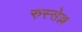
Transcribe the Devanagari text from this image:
रुस्सेल्ल